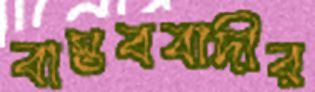
বাস্তববাদীর